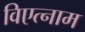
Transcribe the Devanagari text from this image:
विएत्नाम